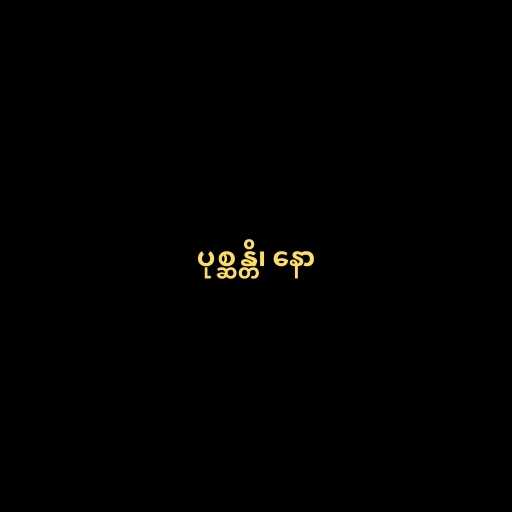
ပုစ္ဆန္တိ၊ နော